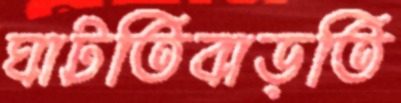
ঘাটতিবাড়তি